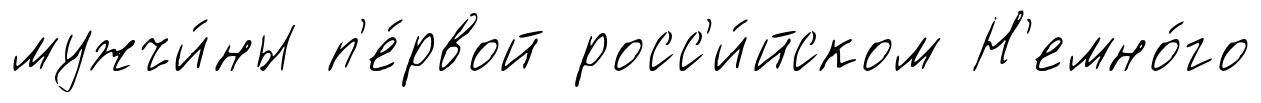
мужчи́ны п'е́рвой росс'и́йском Н'емно́го